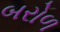
બરોળ